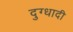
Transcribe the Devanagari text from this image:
दुग्धादी